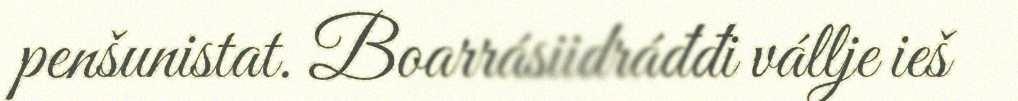
penšunistat. Boarrásiidráđđi vállje ieš